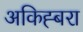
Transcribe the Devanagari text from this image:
अकिह्बरा